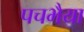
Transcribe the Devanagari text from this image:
पचभैया